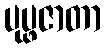
ပုပ္ဖဇာတာ